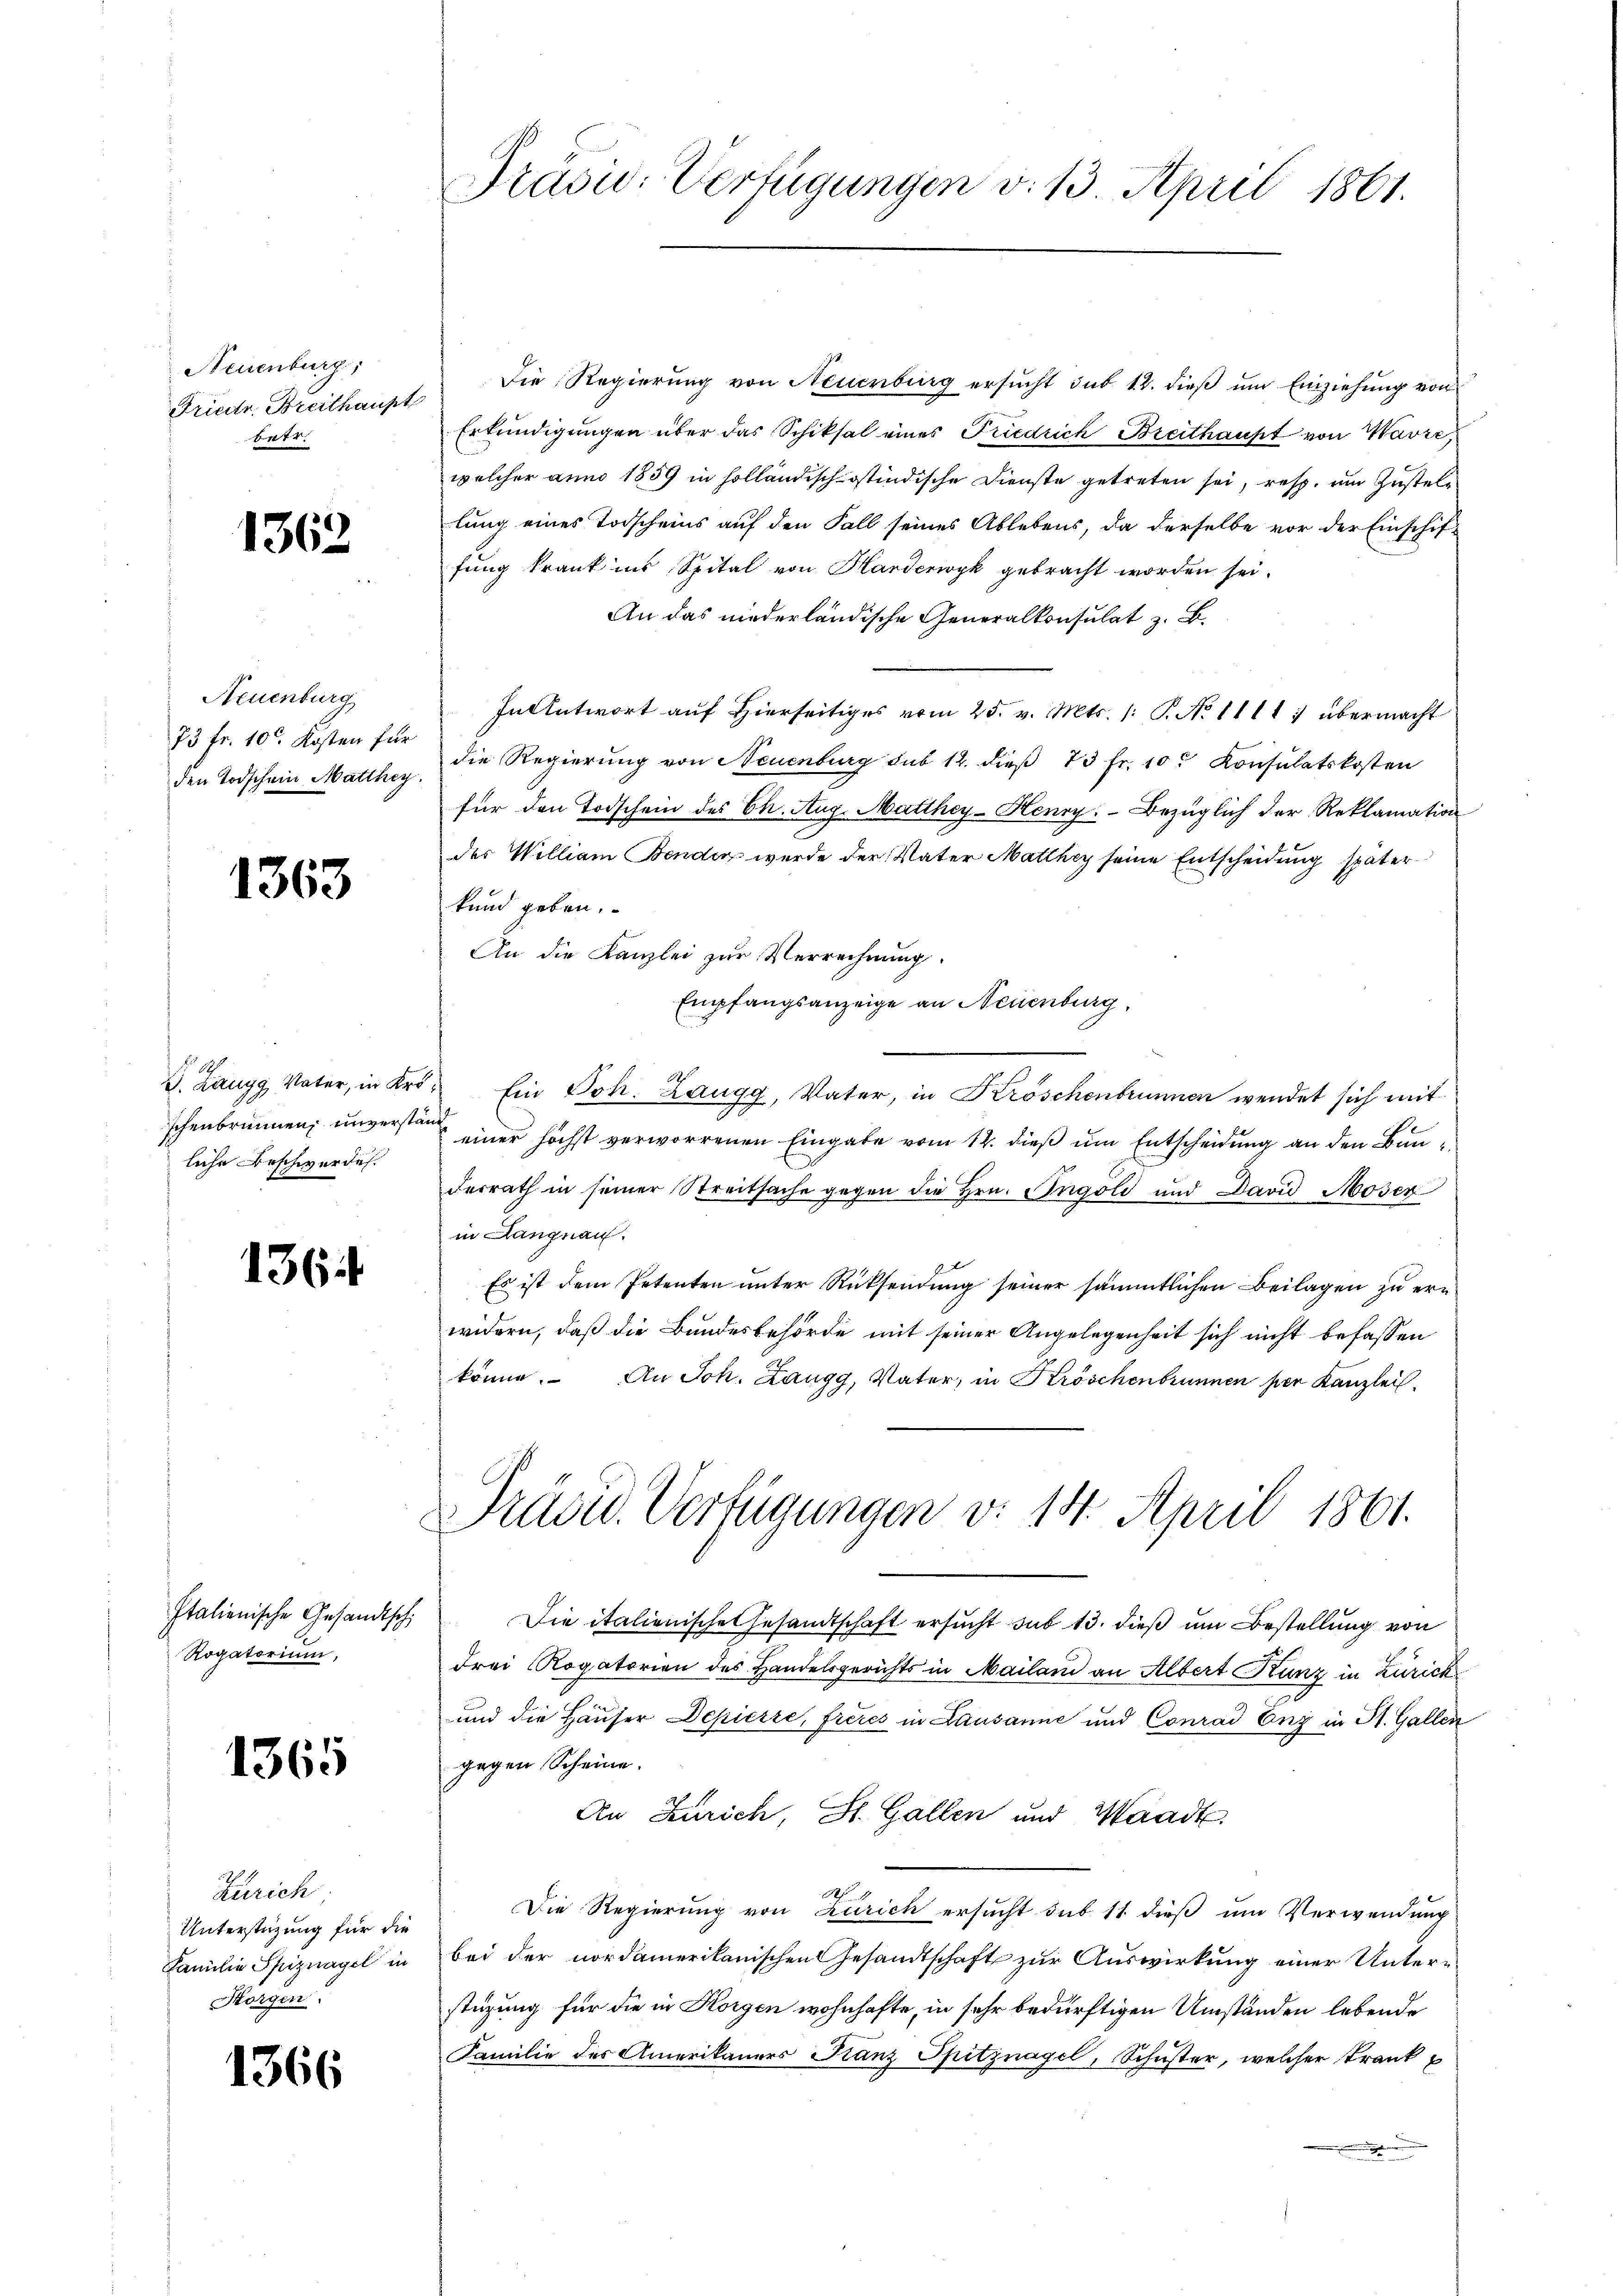
Neuenburg,
Friestr. Breithaupt
br

1362.

Neuenburg
73 Fr. 10. Kosten für
den Todschein Matthey

1363

schenbrunnen, unverständ
liche Beschwerdes

1365

.

1364

Rogatorium,

Zürich
Unterstüzung für die
Familie Spiznagel in
Horgen.

366

Präsu: Verfügungen v. 13. April 1861.

1 die Regierung von Neuenburg ersŭcht sub 12. dieβ ŭm Einziehung von
Erkundigungen über das Schiksal eines Friedrich Breithaust von Havre,
welcher anno 1859 in holländisch-östindische Dienste getreten sei, resp. um Zustellung eines Todscheins auf den Fall seines Ablebens, da derselbe vor der Einschiffung krank ins Spital von Harderwyk gebracht worden sei.
An das niederländische Generalkonsulat z. B.
In Antwort auf Hierseitiges vom 25. v. Mts. 1: P. No 1111) übermacht
die Regierung von Neuenburg sub 12. dieβ 73 fr. 10. Konsulatskosten
für den Todschein des Ch. Aug. Matthey-Henry. Bezüglich der Reklamation
des William Bender wurde der Vater Matthey seine Entscheidung später
kund geben.
An die Kanzlei zur Verrechnung.
Empfangsanzeige an Neuenburg
J. Zangg Vater, in Kro. Ein Joh. Zaugg, Vater, in Kröschenbrunnen wendet sich mit
einer höchst verworrenen Eingabe vom 12. dieß um Entscheidung an den Baudesrath in seiner Streitsache gegen die Hrn. Ingold und David Moser
in Langnau.
Es ist dem Petenten unter Rücksendung seiner sämmtlichen Beilagen zu ern
widern, daß die Bundesbehörde mit seiner Angelegenheit sich nicht befassen
könne. An Joh. Zaugg, Vater, in Kröschenbrunnen per Kanzlei
Präsid. Verfügungen v. 14. April 1861.
Italienische Gesandtsch. Die italienische Gesandtschaft ersŭcht sub 13. dieβ ŭm Bestellung von
drei Rogatorien des Handelsgerichts in Mailan an Albert Kunz in Zürich
und die Häuser Depierre, freies in Lausanne und Conrad Eng in St. Gallen
gegen Scheine.
An Zürich, St. Gallen und Waadt
Die Regierung von Zürich ersucht sub 11 dieß um Verwendung
bei der nordamerikanischen Gesandtschaft zur Auswirkung einer Unterstüzung für die in Korgen wohnhafte, in sehr bedürftigen Umständen lebende
Familie des Amerikaners Franz Spitznagel, Schuster, welcher Frank u
.